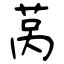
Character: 莴